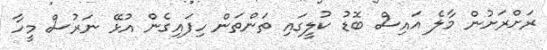
ރަށްރަށުން މާލެ އައިސް ބޮޑު ކުލީގައި ތަންތަން ހިފައިގެން އުޅޭ ނަރުސް މީހާ